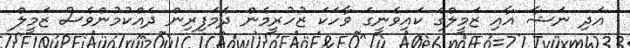
އަދި ނަޝާ އާއި ޒަމީލްގެ ކައިވެނީގެ ވާހަކަ ޒުހުރީމެން ދެމަފިރިން ދެއްކުމުންވެސް ޒަމީލް